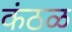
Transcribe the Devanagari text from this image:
कंठळ